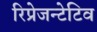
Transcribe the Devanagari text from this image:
रिप्रेजन्टेटिव